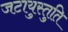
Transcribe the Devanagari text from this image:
जटायुस्तुति